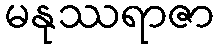
မနုဿရာဇာ